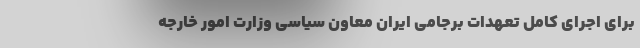
برای اجرای کامل تعهدات برجامی ایران معاون سیاسی وزارت امور خارجه